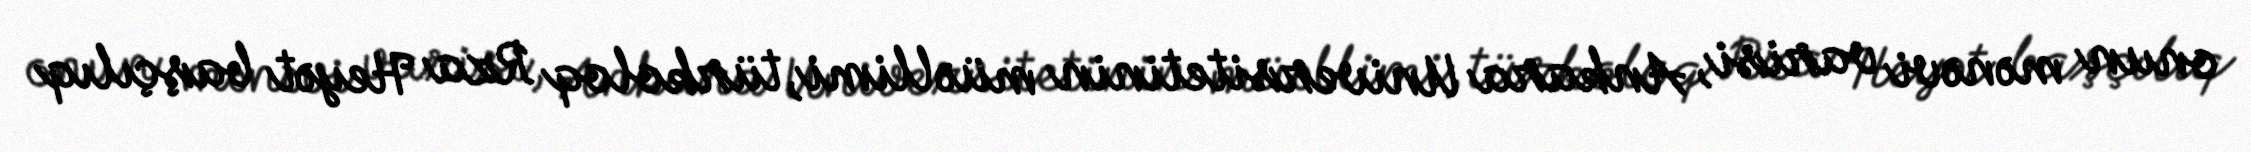
onun mənəvi varisi, Ankara Universitetinin müəllimi, türkoloq Rza Heyət başçılıq